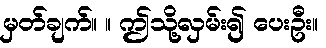
မှတ်ချက်။ ။ ဤသို့လှမ်း၍ ပေးဦး။